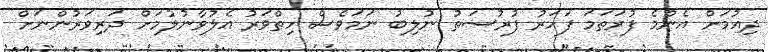
ދިއުމަށް އެންމެ ފުރަތަމަ ފަހަރު ފުރުސަތު ނުލިބު ނަމަވެސް ހިތްވަރު އެލުވާނުލުމަށް ދަރިވަރުންނަށް